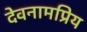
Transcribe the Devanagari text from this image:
देवनामप्रिय